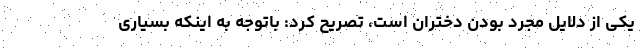
یکی از دلایل مجرد بودن دختران است، تصریح کرد: باتوجه به اینکه بسیاری